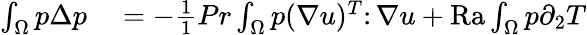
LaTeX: \begin{array}{rl}{\int_{\Omega}p\Delta p}&{{}=-\frac{1}{1}{{Pr}}\int_{\Omega}p(\nabla u)^{T}\colon\nabla u+\mathrm{{Ra}}\int_{\Omega}p\partial_{2}T}\end{array}